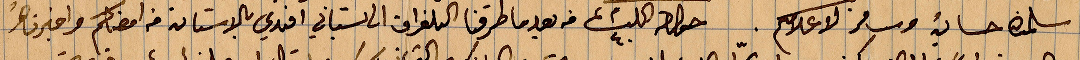
سلمنا حسائه وسافر لاعلامكم. ....فبعدما طرقنا التلغراف الى السباني افندي بالاستانة من امضاكم واخبرنا